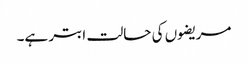
مریضوں کی حالت ابتر ہے۔